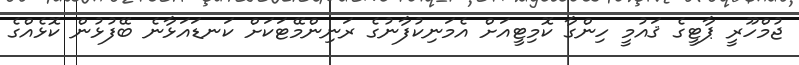
ޖުމްހޫރީ ޕާޓީގެ ޤައުމީ ހިންގާ ކޮމިޓީއަށް އެމަނިކުފާނުގެ ރަނިންމޭޓަކަށް ކަނޑައަޅާނެ ބޭފުޅުން ކޮޅެއްގެ